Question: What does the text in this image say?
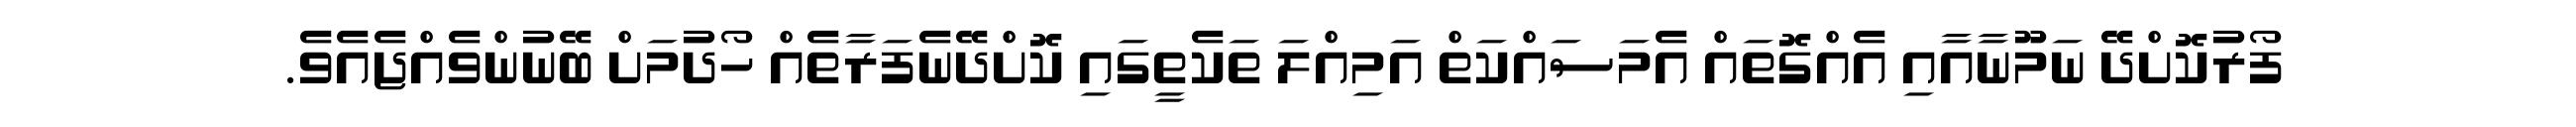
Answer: ފޯރުކޮށްދޭ ނަމޫނާއާއި އެއްގޮތައް އެމަސައްކަތް އަމިއްލަ ތަކެތީގައި ކޮށްދޭނެފަރާތެއް ހޯދުމަށް ބޭނުންވެއްޖެއެވެ.